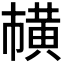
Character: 𫜘